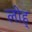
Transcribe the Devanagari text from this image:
लोह्